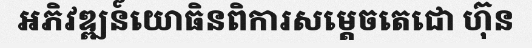
អភិវឌ្ឍន៍យោធិនពិការសម្តេចតេជោ ហ៊ុន